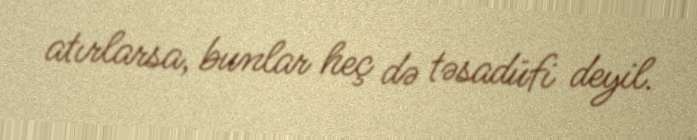
atırlarsa, bunlar heç də təsadüfi deyil.